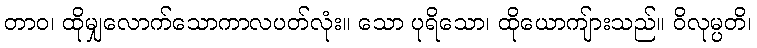
တာဝ၊ ထိုမျှလောက်သောကာလပတ်လုံး။ သော ပုရိသော၊ ထိုယောကျ်ားသည်။ ဝိလုမ္ပတိ၊